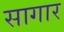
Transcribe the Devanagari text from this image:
सागार